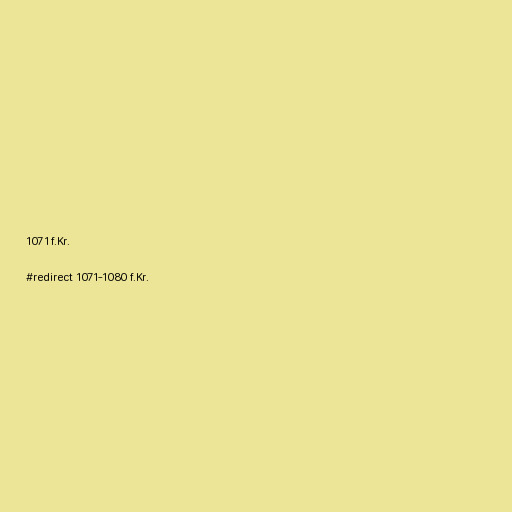
1071 f.Kr.

#redirect 1071-1080 f.Kr.